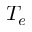
T _ { e }